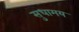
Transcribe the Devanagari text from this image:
सुधामय